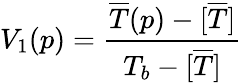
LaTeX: V_{1}(p)=\frac{\overline{{T}}(p)-[\overline{{T}}]}{T_{b}-[\overline{{T}}]}